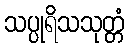
သပ္ပုရိသသုတ္တံ